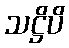
သဋ္ဌိပိ